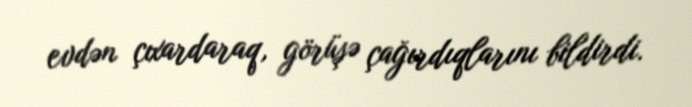
evdən çıxardaraq, görüşə çağırdıqlarını bildirdi.